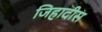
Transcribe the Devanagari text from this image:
जिहादीस